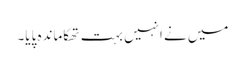
میں نے انہیں بہت تھکاماندہ پایا۔